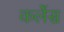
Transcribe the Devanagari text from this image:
कर्लेस